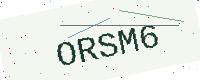
Text: ORSM6